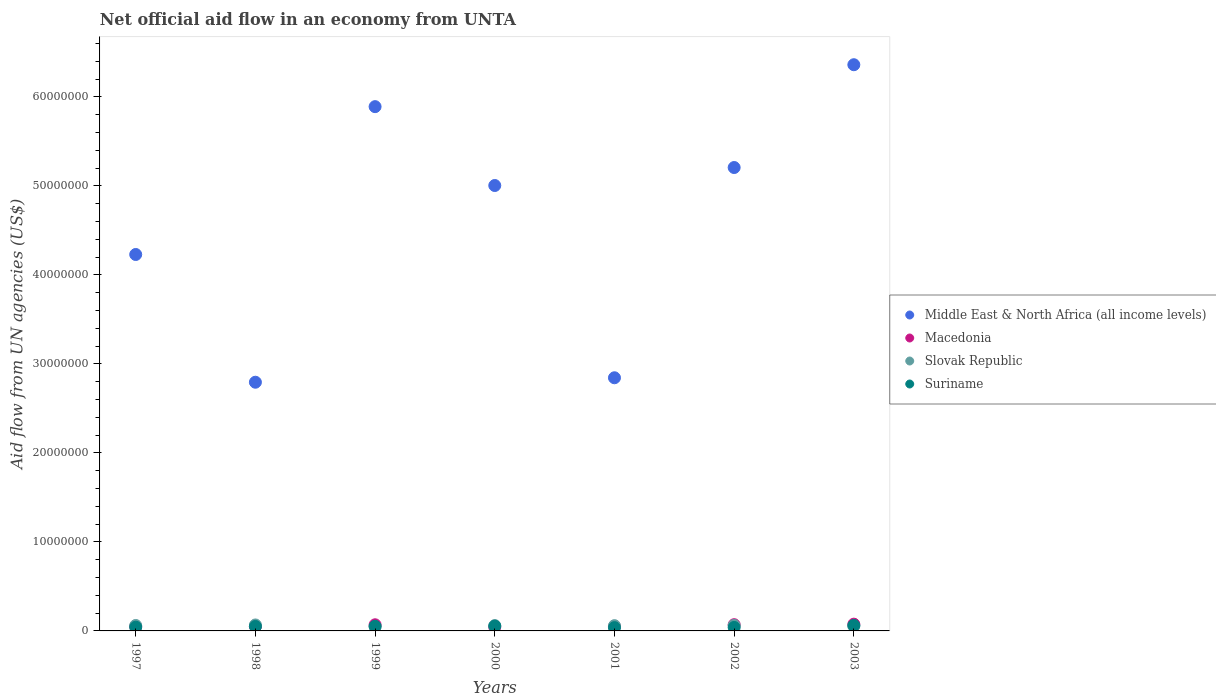
| Years | Middle East & North Africa (all income levels) | Macedonia | Slovak Republic | Suriname |
 | --- | --- | --- | --- | --- |
 | 1997 | 4.23e+07 | 4.9e+05 | 6.1e+05 | 4.2e+05 |
 | 1998 | 2.79e+07 | 5.1e+05 | 6.7e+05 | 5e+05 |
 | 1999 | 5.89e+07 | 6.9e+05 | 4.7e+05 | 5.2e+05 |
 | 2000 | 5e+07 | 4.3e+05 | 6e+05 | 5.4e+05 |
 | 2001 | 2.84e+07 | 5e+05 | 5.9e+05 | 3.7e+05 |
 | 2002 | 5.21e+07 | 7e+05 | 6.2e+05 | 3.9e+05 |
 | 2003 | 6.36e+07 | 7.6e+05 | 5.4e+05 | 6.2e+05 |